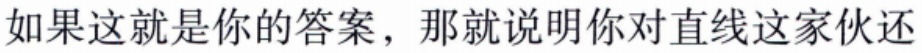
如果这就是你的答案，那就说明你对直线这家伙还